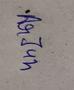
Signature authenticity: genuine